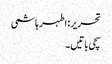
تحریر: اطہر ہاشمی
سچی باتیں۔